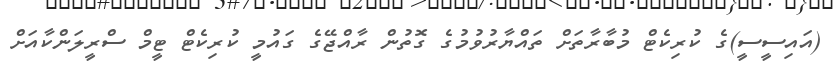
(އައިސީސީ)ގެ ކުރިކެޓް މުބާރާތަށް ތައްޔާރުވުމުގެ ގޮތުން ރާއްޖޭގެ ގައުމީ ކުރިކެޓް ޓީމް ސްރީލަންކާއަށް